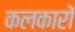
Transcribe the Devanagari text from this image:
कलकारों